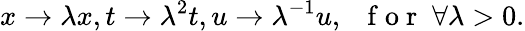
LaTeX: x\to\lambda x,t\to\lambda^{2}t,u\to\lambda^{-1}u,\; \; \mathrm{~f~o~r~}\; \forall\lambda>0.